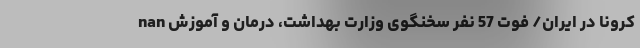
nan کرونا در ایران/ فوت 57 نفر سخنگوی وزارت بهداشت، درمان و آموزش